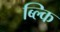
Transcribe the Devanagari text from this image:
ब्ल्कि